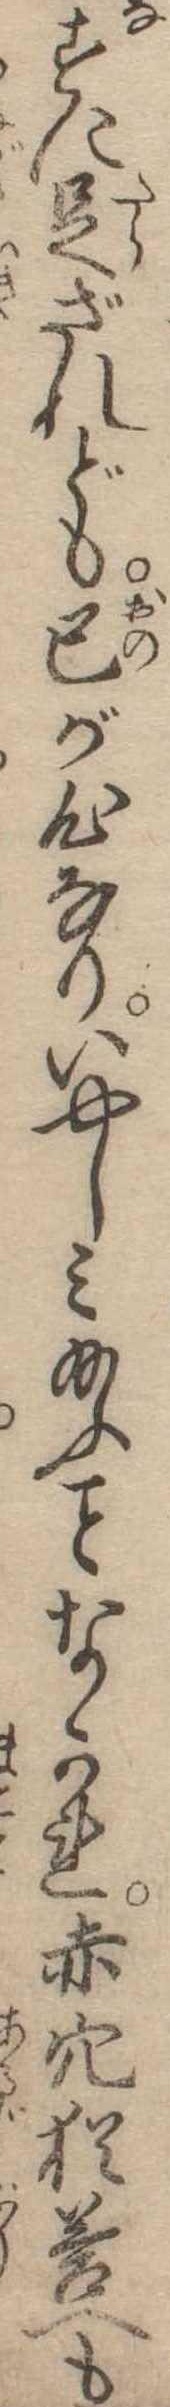
すに足ざれども己が心なりいやしみ給ふなかれ赤穴猶答へも